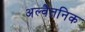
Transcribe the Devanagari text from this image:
अल्वैतनिक